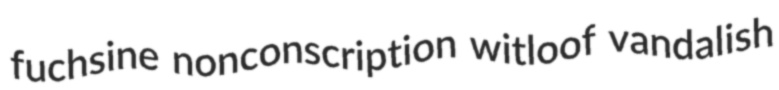
fuchsine nonconscription witloof vandalish